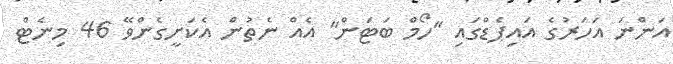
އަންނަ އަހަރުގެ އައިޕެޑްގައި "ހޯމް ބަޓަން" އެއް ނެތުން އެކަށީގެންވޭ 46 މިނެޓް